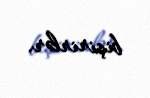
bişirirlər.